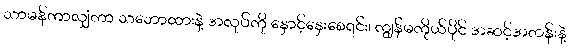
သာမန်ကာလျှံကာ သဘောထားနဲ့ အလုပ်ကို နှောင့်နှေးစေရင်း၊ ကျွန်မကိုယ်ပိုင် အဆင့်အတန်းနဲ့